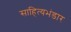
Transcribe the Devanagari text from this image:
साहित्यभंडार